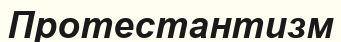
Протестантизм